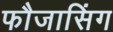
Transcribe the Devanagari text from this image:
फौजासिंग